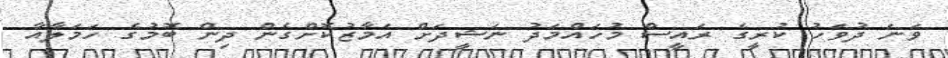
ވަނަ ދުވަހު ކުރީގެ ރައީސް މުހައްމަދު ނަޝީދަށް އަމާޒުކޮށްގެން ދިން ބޮމުގެ ހަމަލާއާ